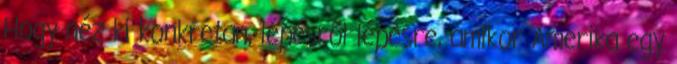
Hogy néz ki konkrétan, lépésről lépésre, amikor Amerika egy